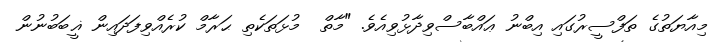
މިއާޔަތުގެ ތަފްސީރުގައި އިބްނު ޢައްބާސްވިދާޅުވިއެވެ. "މާތް  މުޅަތަކެތި ޙަރާމް ކުރެއްވިފަދައިން ޣީބަބުނުން